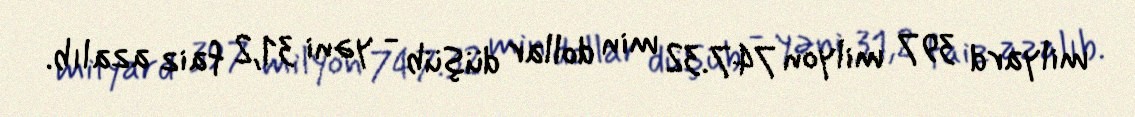
milyard 397 milyon 747.32 min dollar düşüb - yəni 31,2 faiz azalıb.